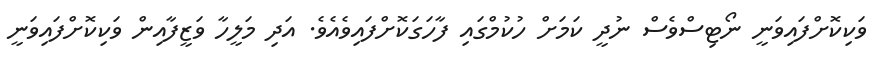
ވަކިކޮށްފައިވަނީ ނޯޓިސްވެސް ނުދީ ކަމަށް ހުކުމްގައި ފާހަގަކޮށްފައިވެއެވެ. އަދި މަލީހާ ވަޒީފާއިން ވަކިކޮށްފައިވަނީ